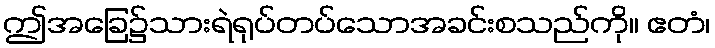
ဤအခြေ၌သားရဲရုပ်တပ်သောအခင်းစသည်ကို။ ဧတံ၊